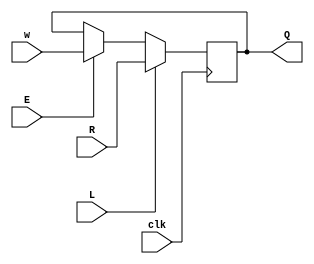
module top_module (
    input clk,
    input w, R, E, L,
    output Q
);
    
    wire D;
    assign	D = L?R:(E?w:Q);
    always@(posedge clk) begin
       	Q <= D; 
    end

endmodule